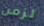
لزمن